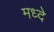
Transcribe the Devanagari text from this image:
मध्दे